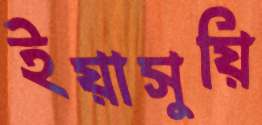
ইয়াসুয়ি